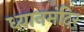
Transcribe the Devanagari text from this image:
ध्यानमंदिर